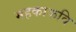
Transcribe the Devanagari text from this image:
महकाकवि